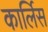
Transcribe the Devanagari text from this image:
कार्लिस